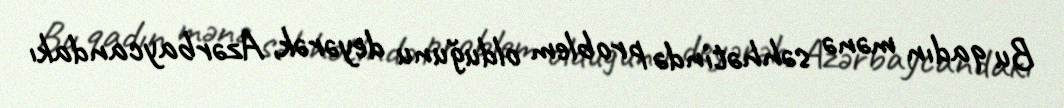
Bu qadın mənə səhhətində problem olduğunu deyərək, Azərbaycandakı